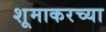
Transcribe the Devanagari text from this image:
शूमाकरच्या